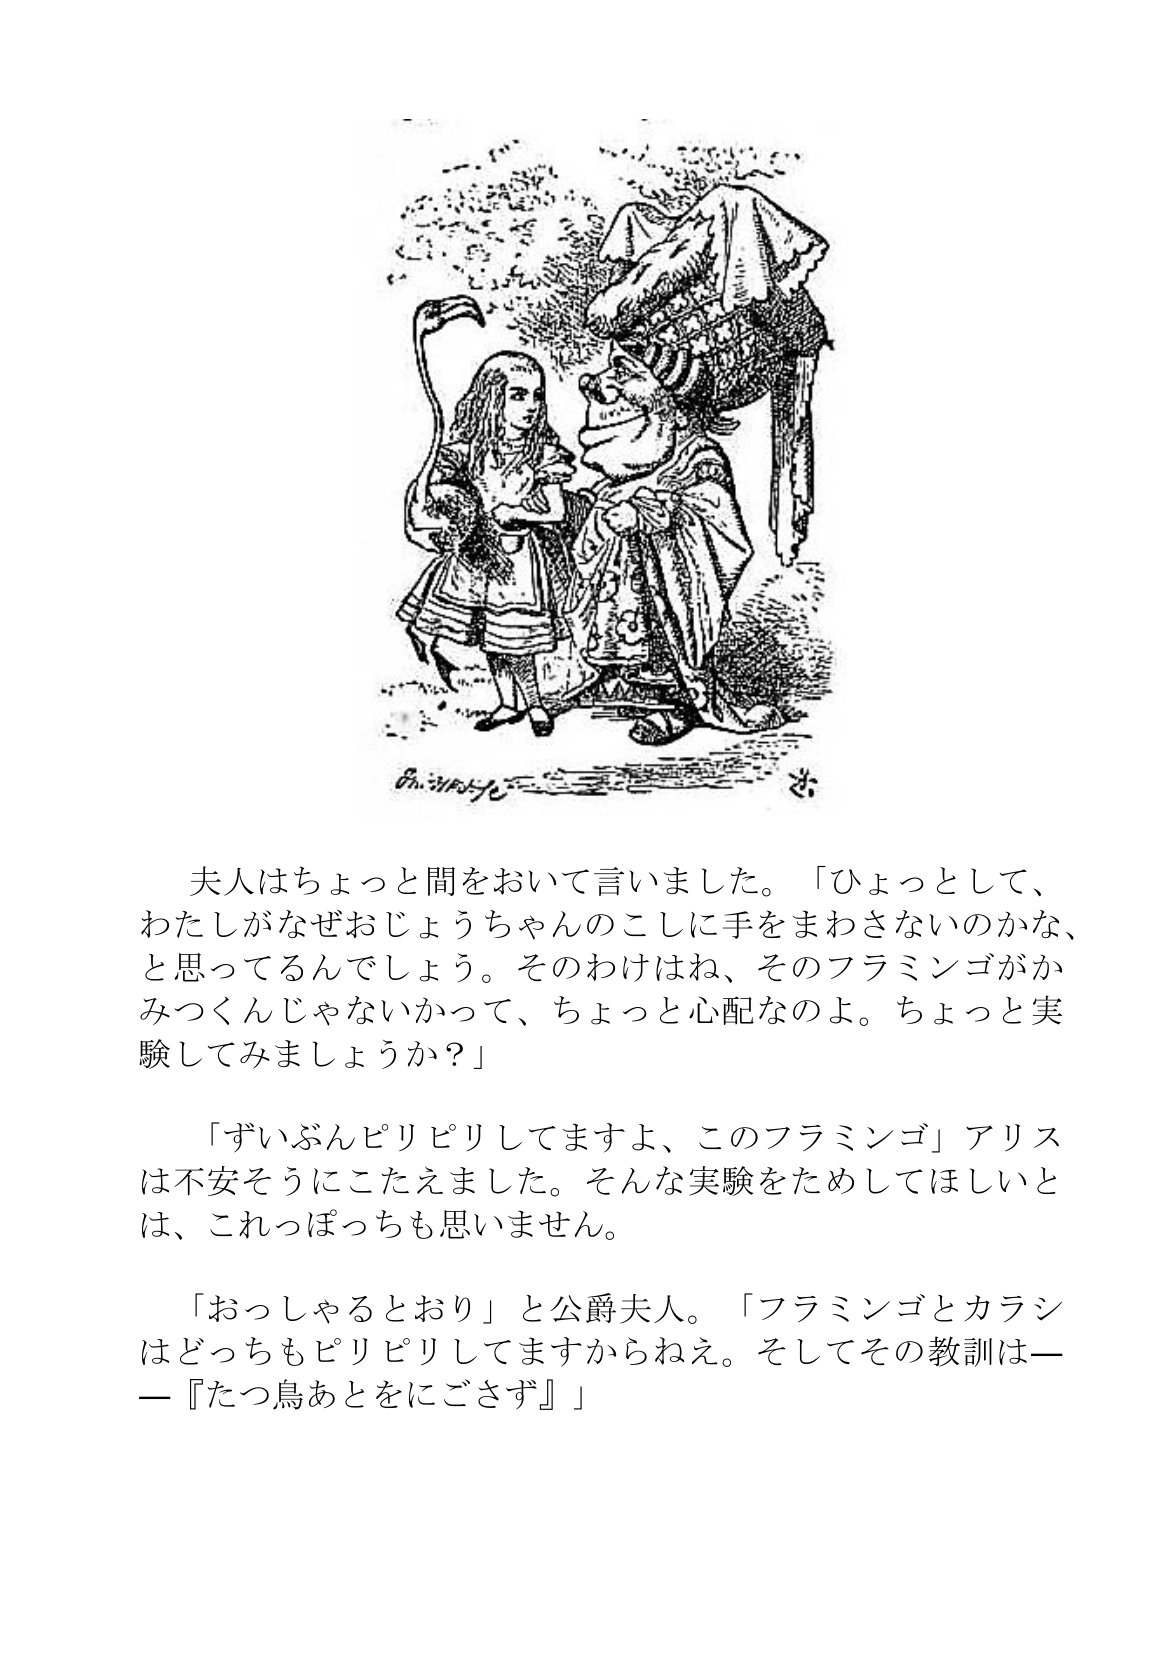
Language: ja